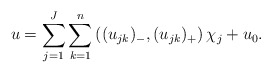
\begin{align*} u = \sum_{j=1}^J \sum_{k=1}^n \left((u_{jk})_-, (u_{jk})_+\right)\chi_j + u_0.\end{align*}